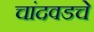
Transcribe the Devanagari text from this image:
चांदवडचे